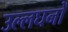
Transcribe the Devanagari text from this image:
उल्लघनों